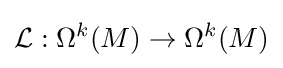
{\mathcal {L}}:\Omega ^{k}(M)\rightarrow \Omega ^{k}(M)